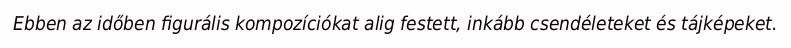
Ebben az időben figurális kompozíciókat alig festett, inkább csendéleteket és tájképeket.